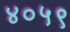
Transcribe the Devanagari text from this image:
४०५९